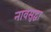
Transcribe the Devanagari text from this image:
नावसुद्धा